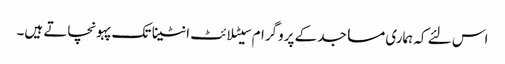
اس لئے کہ ہماری مساجد کے پروگرام سیٹلائٹ انٹینا تک پہونچاتے ہیں۔